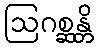
ဩဂစ္ဆန္တိ